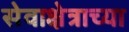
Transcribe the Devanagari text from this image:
सेवाक्षेत्राच्या